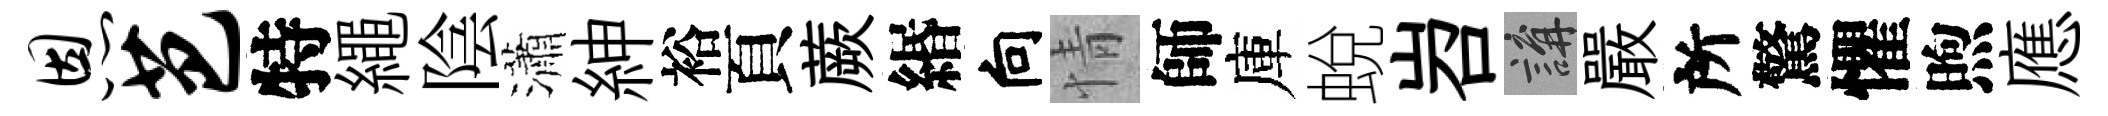
恩芭特繩陰瀟紳裕頁蕨緡向情師庫蛻岧講嚴所驚懼煦應